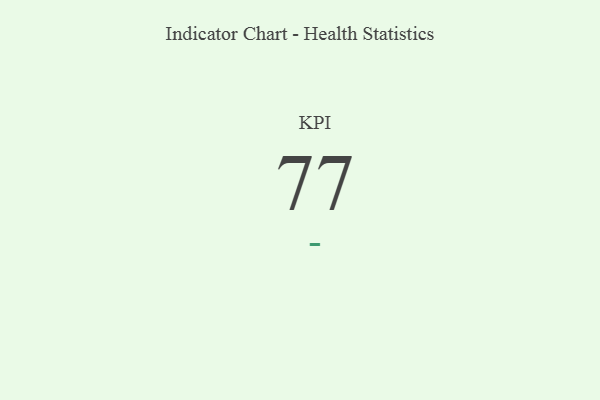
{"axis": {"x": "KPI", "y": "Value"}, "legend": [""], "data": [{"x": "KPI", "y": 77, "type": ""}]}